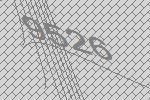
9526